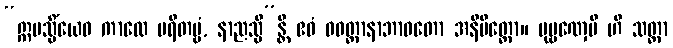
“ဣမသ္မိံယေဝ ကာလေ မရိတဗ္ဗံ, နာညသ္မိ”န္တိ ဧဝံ ဝဝတ္ထာနာဘာဝတော အနိမိတ္တော။ ပုဗ္ဗဏှေပိ ဟိ သတ္တာ